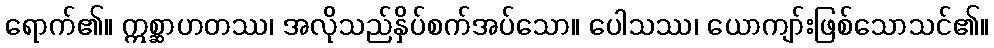
ရောက်၏။ ဣစ္ဆာဟတဿ၊ အလိုသည်နှိပ်စက်အပ်သော။ ပေါသဿ၊ ယောကျာ်းဖြစ်သောသင်၏။